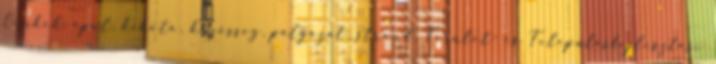
Címkék: épül, kikötő, közösség, pályázat, strand, Terület- és Településfejlesztési